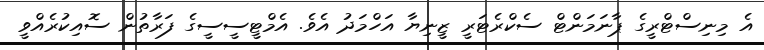
އެ މިނިސްޓްރީގެ ޕާނަމަންޓް ސެކްރެޓަރީ ޒީނިޔާ އަހްމަދު އެވެ. އެމްޓީސީސީގެ ފަރާތުން ސޮއިކުރެއްވީ